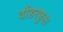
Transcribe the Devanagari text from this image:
वोंडरफुल